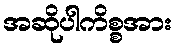
အဆိုပါကိစ္စအား